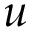
u